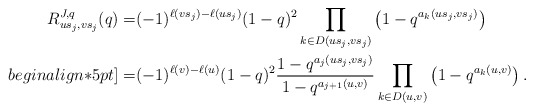
\begin{align*}R_{us_j,vs_j}^{J,q}(q)=& (-1)^{\ell(vs_j)-\ell(us_j)}(1-q)^2\prod_{k\in D(us_j,vs_j)}\left(1-q^{a_k(us_j,vs_j)}\right)\\begin{align*}5pt]=& (-1)^{\ell(v)-\ell(u)}(1-q)^2\frac{1-q^{a_j(us_j,vs_j)}}{1-q^{a_{j+1}(u,v)}}\prod_{k\in D(u,v)}\left(1-q^{a_k(u,v)}\right).\end{align*}